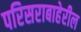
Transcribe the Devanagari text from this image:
परिसराबाहेरील